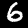
Digit: 6